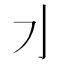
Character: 𰛄